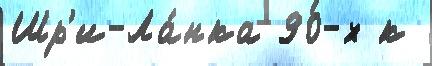
Шр'и-Ла́нка 90-х к